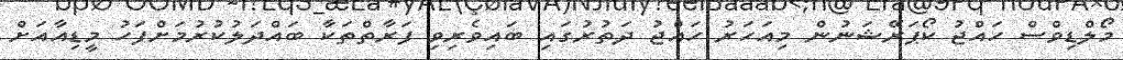
މޯލްޑިވްސް ހައްޖު ކޯޕަރޭޝަނުން މިއަހަރު ހައްޖު ދަތުރުގައި ބައިވެރިވި ފަރާތްތަކާ ބައްދަލުކުރުމަށްފަހު މީޑިއާއަށް